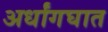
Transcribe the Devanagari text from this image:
अर्धांगघात